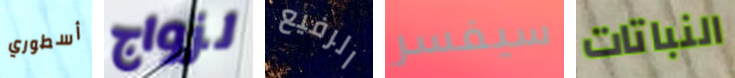
أسطوري لزواج الرفيع سيفسر النباتات